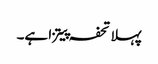
پہلا تحفہ پیتزا ہے۔